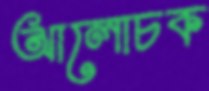
আলোচক